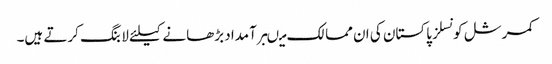
کمرشل کونسلز پاکستان کی ان ممالک میںبرآمداد بڑھانے کیلئے لابنگ کرتے ہیں۔